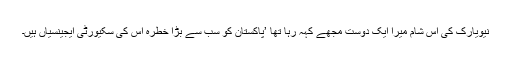
نیویارک کی اس شام میرا ایک دوست مجھے کہہ رہا تھا ’پاکستان کو سب سے بڑا خطرہ اس کی سکیورٹی ایجینسیاں ہیں۔